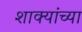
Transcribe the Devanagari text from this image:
शाक्यांच्या